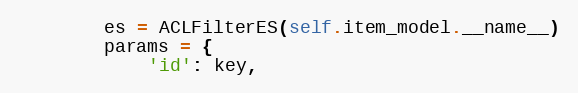
Language: Python
        es = ACLFilterES(self.item_model.__name__)
        params = {
            'id': key,